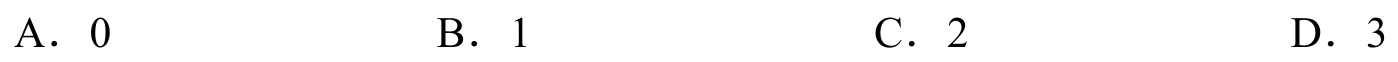
A. \(0\)  \(\qquad\) B. \(1\)  \(\qquad\) C. \(2\)  \(\qquad\) D. \(3\)